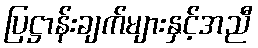
ပြဋ္ဌာန်းချက်များနှင့်အညီ